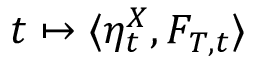
t \mapsto \langle \eta _ { t } ^ { X } , F _ { T , t } \rangle